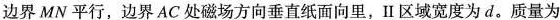
边界MN平行，边界AC处磁场方向垂直纸面向里，Ⅱ区域宽度为d。质量